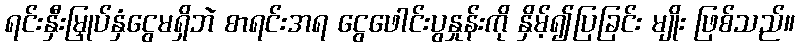
ရင်းနှီးမြှုပ်နှံငွေမရှိဘဲ စာရင်းအရ ငွေဖေါင်းပွနှုန်းကို နှိမ့်၍ပြခြင်း မျိုး ဖြစ်သည်။